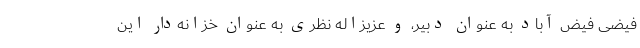
فیضی فیض آباد به عنوان دبیر، و عزیزاله نظری به عنوان خزانه‌دار این